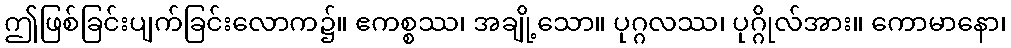
ဤဖြစ်ခြင်းပျက်ခြင်းလောက၌။ ဧကစ္စဿ၊ အချို့သော။ ပုဂ္ဂလဿ၊ ပုဂ္ဂိုလ်အား။ ကောမာနော၊